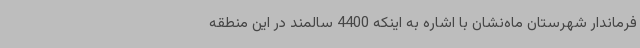
فرماندار شهرستان ماه‌نشان با اشاره به اینکه 4400 سالمند در این منطقه